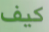
كيف